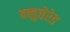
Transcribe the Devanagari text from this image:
क्लुत्तेरेड